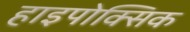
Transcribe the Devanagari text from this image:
हाइपोक्सिक